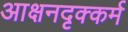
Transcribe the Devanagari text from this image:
आक्षनदृक्कर्म